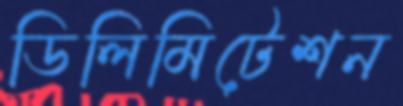
ডিলিমিটেশন